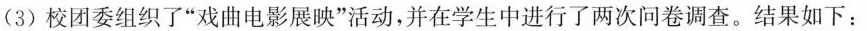
(3)校团委组织了”戏曲电影展映”活动，并在学生中进行了两次问卷调查。结果如下：